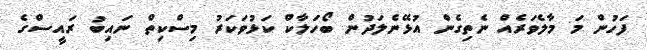
ފަހުން މަ މާލެވަރެއް ނެތިގެން އުޅޭނެލަދުން ބޯހަލާކް ކަޅުވަކަރު މިސްކިތް ނައިބު ރައީސްގެ